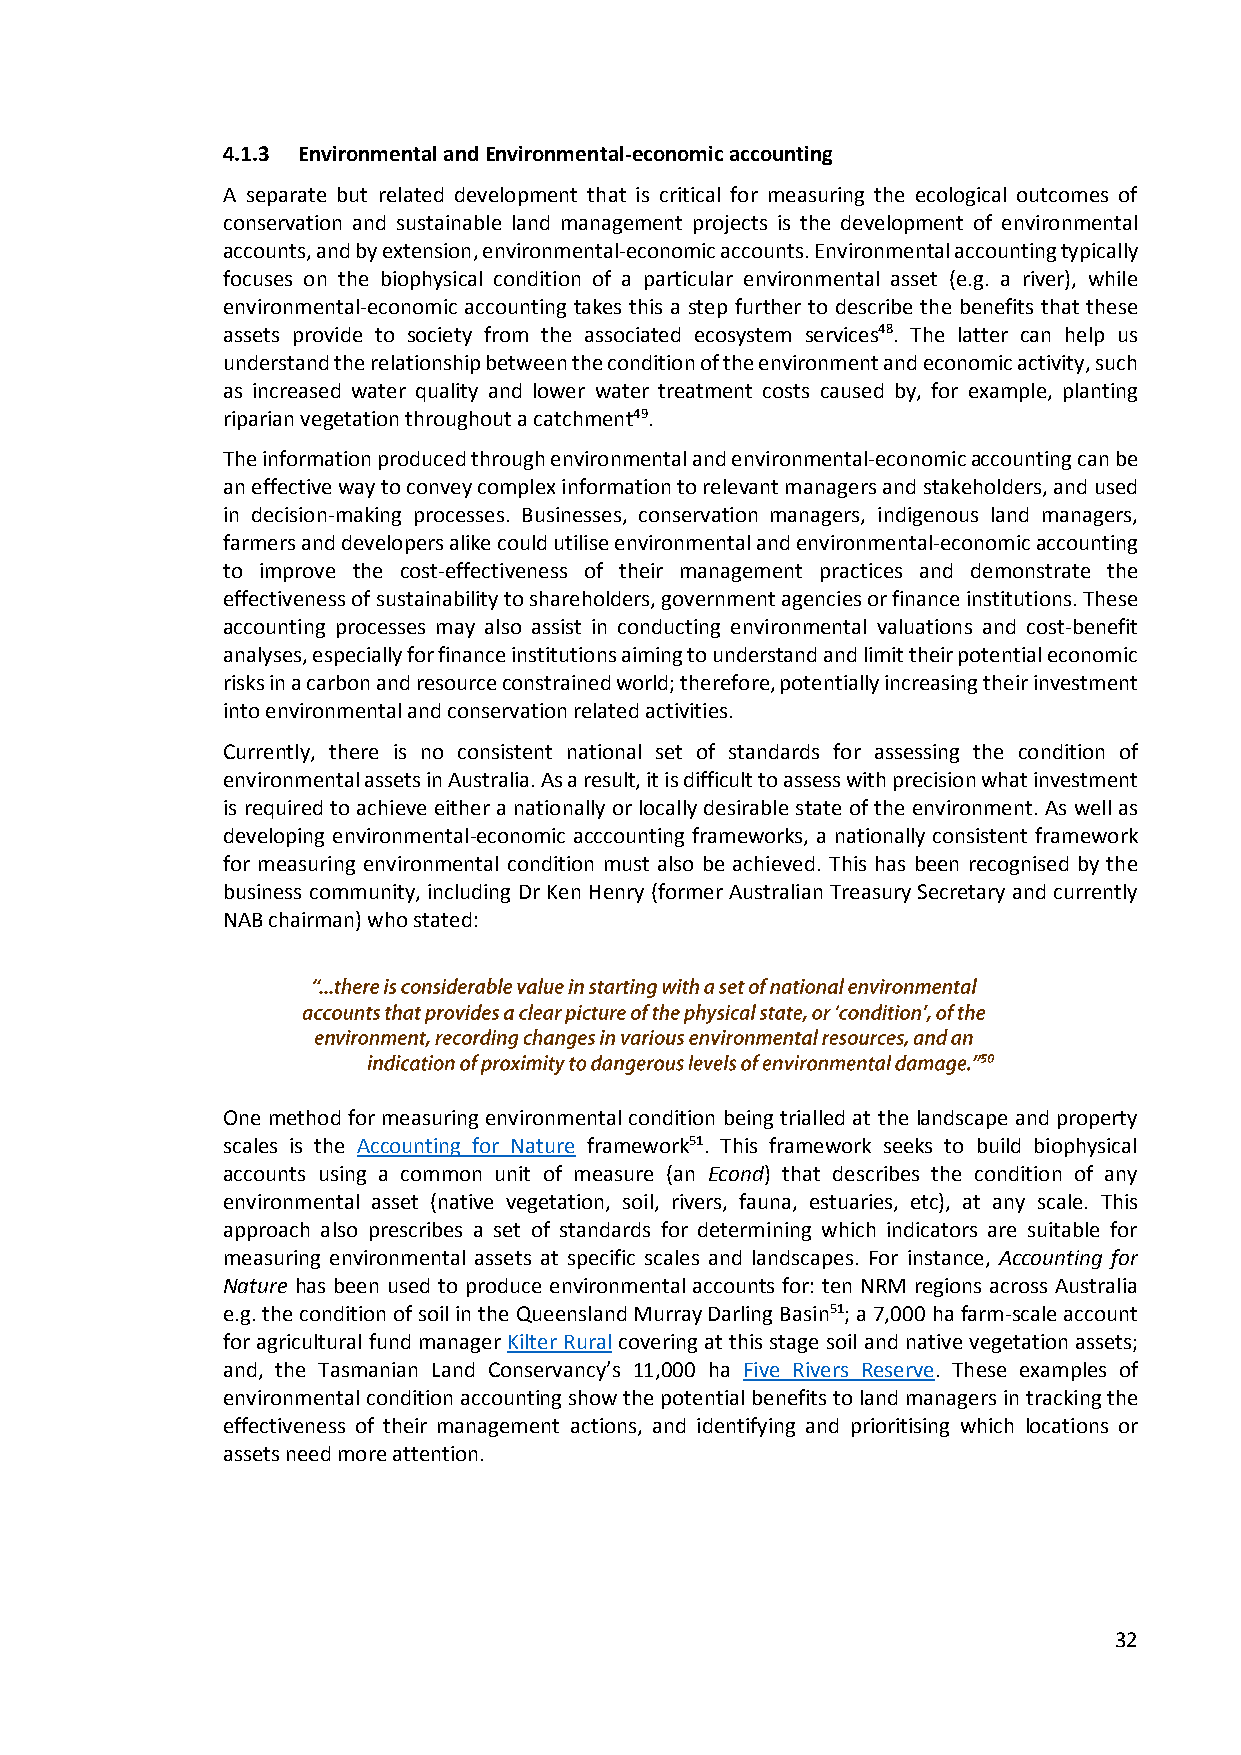
4.1.3 Environmental and Environmental-economic accounting
 A separate but related development that is critical for measuring the ecological outcomes of
 conservation and sustainable land management projects is the development of environmental
 accounts, and by extension, environmental-economic accounts. Environmental accounting typically
 focuses on the biophysical condition of a particular environmental asset (e.g. a river), while
 environmental-economic accounting takes this a step further to describe the benefits that these
 assets provide to society from the associated ecosystem services48. The latter can help us
 understand the relationship between the condition of the environment and economic activity, such
 as increased water quality and lower water treatment costs caused by, for example, planting
 riparian vegetation throughout a catchment49.
 The information produced through environmental and environmental-economic accounting can be
 an effective way to convey complex information to relevant managers and stakeholders, and used
 in decision-making processes. Businesses, conservation managers, indigenous land managers,
 farmers and developers alike could utilise environmental and environmental-economic accounting
 to improve the cost-effectiveness of their management practices and demonstrate the
 effectiveness of sustainability to shareholders, government agencies or finance institutions. These
 accounting processes may also assist in conducting environmental valuations and cost-benefit
 analyses, especially for finance institutions aiming to understand and limit their potential economic
 risks in a carbon and resource constrained world; therefore, potentially increasing their investment
 into environmental and conservation related activities.
 Currently, there is no consistent national set of standards for assessing the condition of
 environmental assets in Australia. As a result, it is difficult to assess with precision what investment
 is required to achieve either a nationally or locally desirable state of the environment. As well as
 developing environmental-economic acccounting frameworks, a nationally consistent framework
 for measuring environmental condition must also be achieved. This has been recognised by the
 business community, including Dr Ken Henry (former Australian Treasury Secretary and currently
 NAB chairman) who stated:
 One method for measuring environmental condition being trialled at the landscape and property
 scales is the Accounting for Nature framework51. This framework seeks to build biophysical
 accounts using a common unit of measure (an Econd) that describes the condition of any
 environmental asset (native vegetation, soil, rivers, fauna, estuaries, etc), at any scale. This
 approach also prescribes a set of standards for determining which indicators are suitable for
 measuring environmental assets at specific scales and landscapes. For instance, Accounting for
 Nature has been used to produce environmental accounts for: ten NRM regions across Australia
 e.g. the condition of soil in the Queensland Murray Darling Basin51; a 7,000 ha farm-scale account
 for agricultural fund manager Kilter Rural covering at this stage soil and native vegetation assets;
 and, the Tasmanian Land Conservancy’s 11,000 ha Five Rivers Reserve. These examples of
 environmental condition accounting show the potential benefits to land managers in tracking the
 effectiveness of their management actions, and identifying and prioritising which locations or
 assets need more attention.
 32